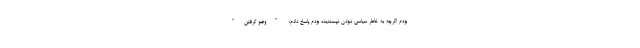
بودم اگرچه به خاطر سیاسی نبودن نپسندیده بودم پاسخ دادم: "وضو گرفتن"